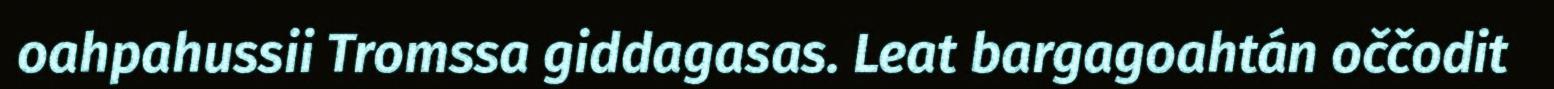
oahpahussii Tromssa giddagasas. Leat bargagoahtán oččodit